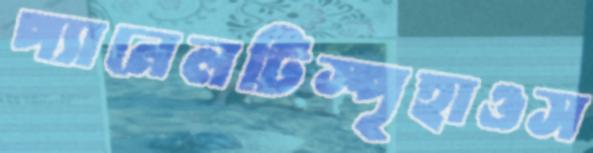
প্যানেলটিস্পৃহাওস